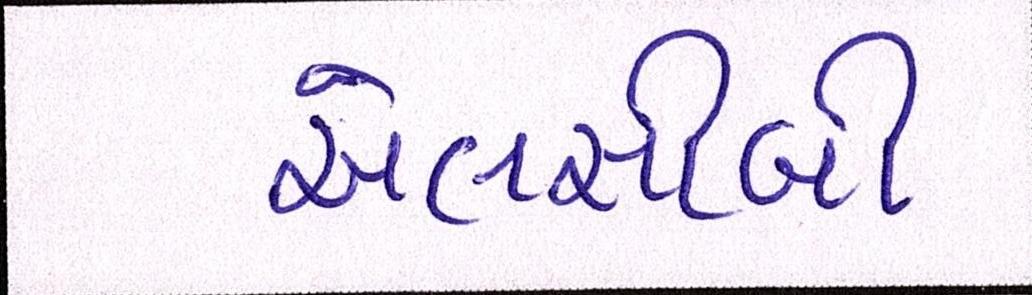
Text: એલસીબી